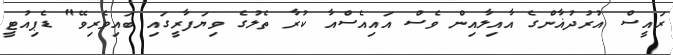
ރައީސް އުރުދުޣާންގެ އާއިލާއިން ވެސް އައިއެސްއާ ކުރާ ތެލުގެ ވިޔަފާރީގައި ބައިވެރިވޭ" ޑެޕިއުޓީ